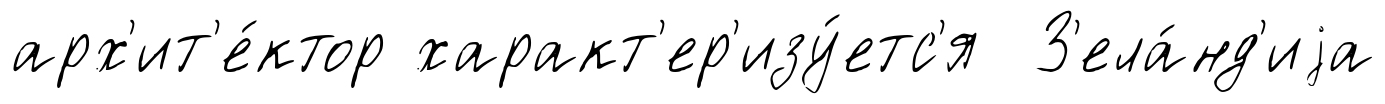
арх'ит'е́ктор характ'ер'изу́етс'я З'ела́нд'иjа